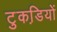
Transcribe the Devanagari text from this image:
टुकडि़यों